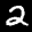
Label: 2